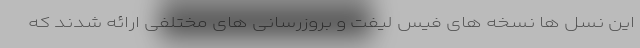
این نسل ها نسخه های فیس لیفت و بروزرسانی های مختلفی ارائه شدند که